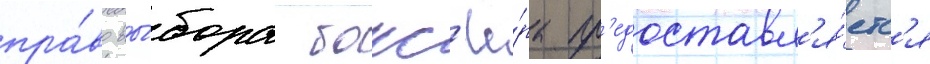
пра́во вы́бора бокс'ё́ра пр'едоставл'я́етс'я